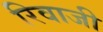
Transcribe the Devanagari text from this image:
रिवाजी